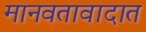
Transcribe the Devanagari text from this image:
मानवतावादात